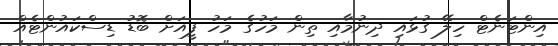
އިންޓަނެޓް ހިލޭ ގުޅައި ދިނުމާއި ތިން މަހުގެ މަހު ފީއަށް ބޮޑު ޑިސްކައުންޓެއް